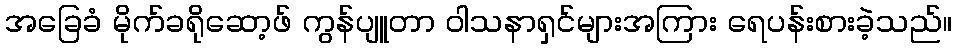
အခြေခံ မိုက်ခရိုဆော့ဖ် ကွန်ပျူတာ ဝါသနာရှင်များအကြား ရေပန်းစားခဲ့သည်။